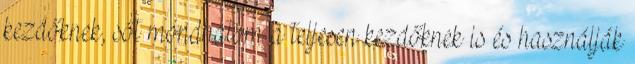
kezdőknek, sőt mondhatom a teljesen kezdőknek is és használják